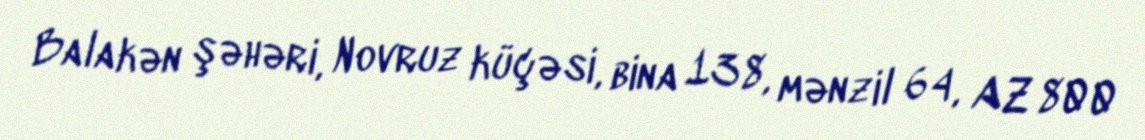
Balakən şəhəri, Novruz küçəsi, bina 138, mənzil 64, AZ 800